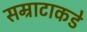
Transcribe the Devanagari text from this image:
सम्राटाकडे